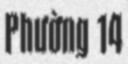
Phường 14